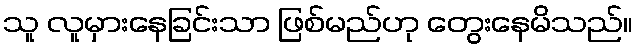
သူ လူမှားနေခြင်းသာ ဖြစ်မည်ဟု တွေးနေမိသည်။